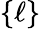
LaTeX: \{ \ell\}